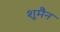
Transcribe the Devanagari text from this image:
शूमैन